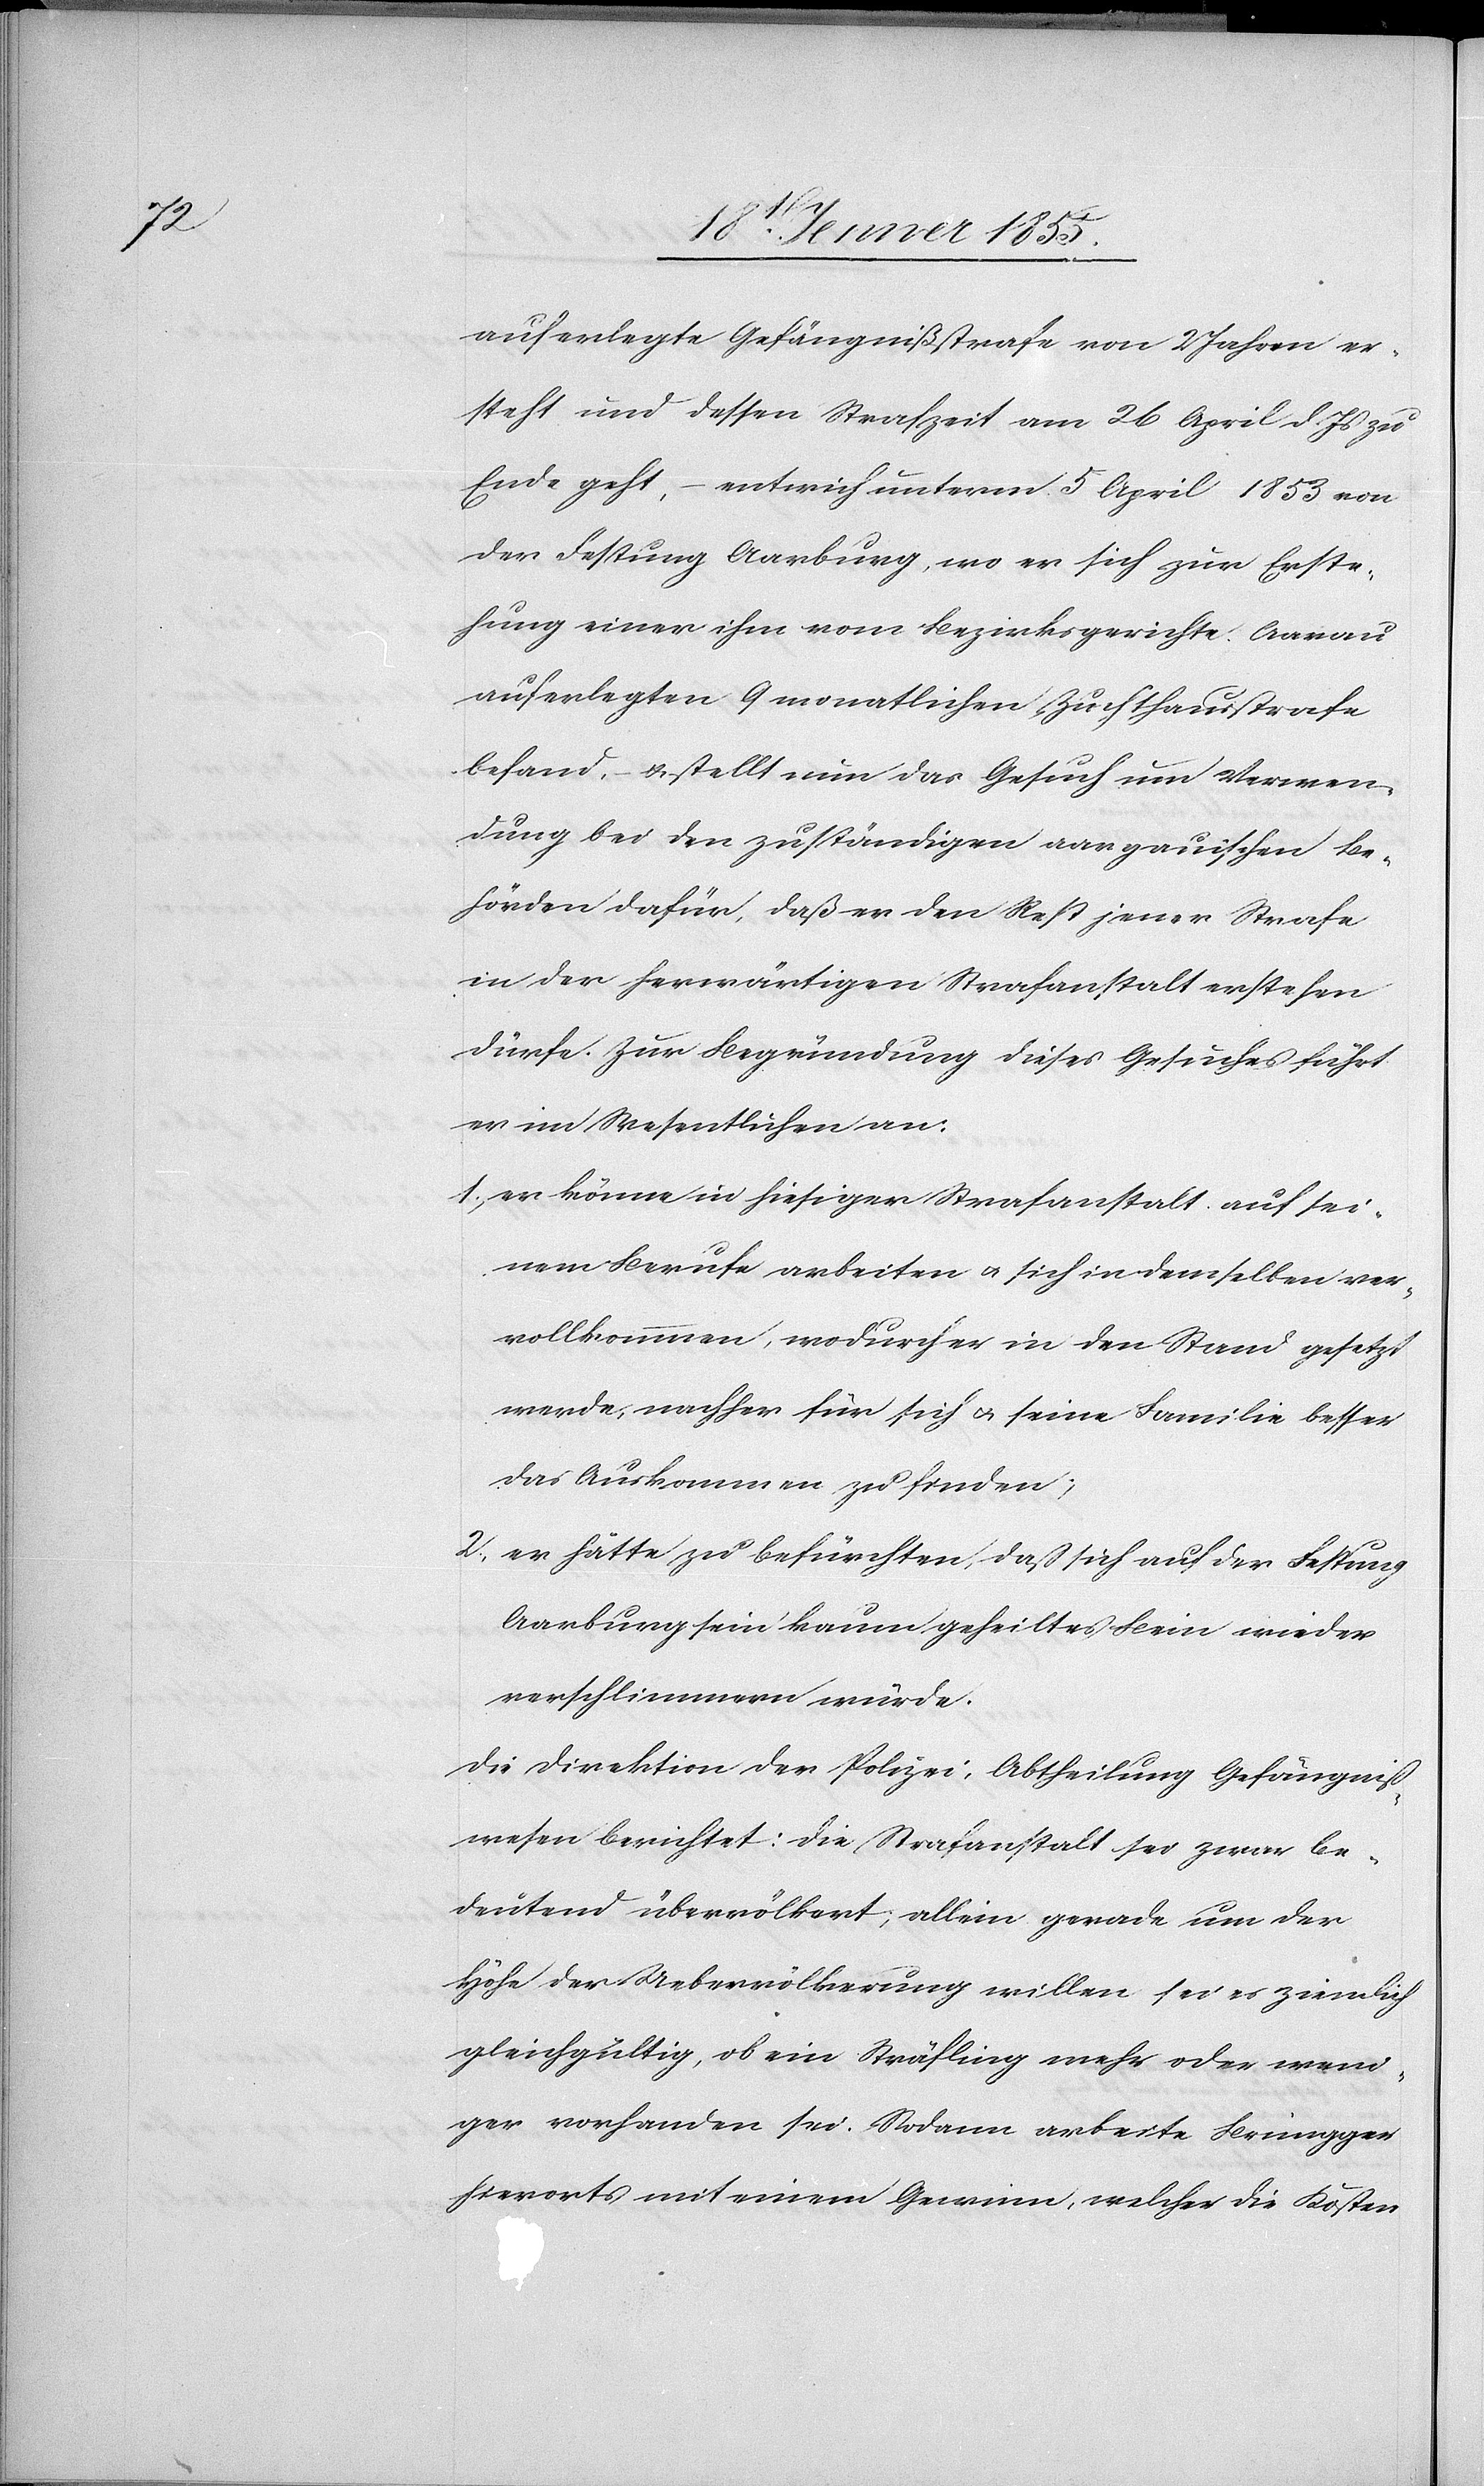
auferlegte Gefängnißstrafe von 2 Jahren er¬
steht und dessen Strafzeit am 26 April d. Js zu
Ende geht, – entwich unterm 5 April 1853 von
der Festung Aarburg, wo er sich zur Erste¬
hung einer ihm vom Bezirksgerichte Aarau
auferlegten 9 monatlichen Zuchthausstrafe
befand, – & stellt nun das Gesuch um Verwen¬
dung bei den zuständigen aargauischen Be¬
hörden dafür, daß er den Rest jener Strafe
in der herwärtigen Strafanstalt erstehen
dürfe. Zur Begründung dieses Gesuches führt
er im Wesentlichen an:
er könne in hiesiger Strafanstalt auf sei¬
nem Berufe arbeiten & sich in demselben ver¬
vollkommnen, wodurch er in den Stand gesetzt
werde, nachher für sich & seine Familie besser
das Auskommen zu finden;
er hätte zu befürchten, dass sich auf der Festung
Aarburg sein kaum geheiltes Bein wieder
verschlimmern würde.
Die Direktion der Polizei, Abtheilung Gefängniß¬
wesen berichtet: Die Strafanstalt sei zwar be¬
deutend übervölkert; allein gerade um der
Höhe der Uebervölkerung willen sei es ziemlich
gleichgültig, ob ein Sträfling mehr oder weni¬
ger vorhanden sei. Sodann arbeite Brüngger
hierorts mit einem Gewinn, welcher die Kosten